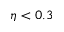
\eta < 0 . 3